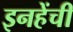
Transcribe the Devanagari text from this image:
इनहेंची